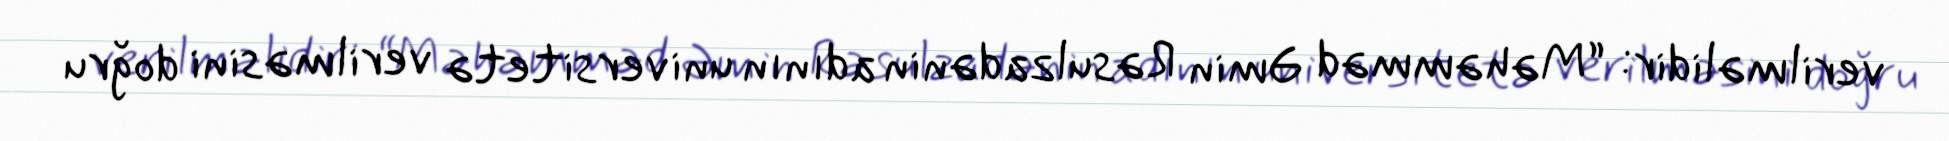
verilməlidir: “Məhəmməd Əmin Rəsulzadənin adının universitetə verilməsini doğru